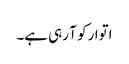
اتوار کو آ رہی ہے۔